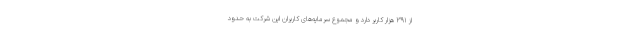
از ۳۹۱ هزار کاربر دارد و مجموع سرمایه‌های کاربران این شرکت به حدود